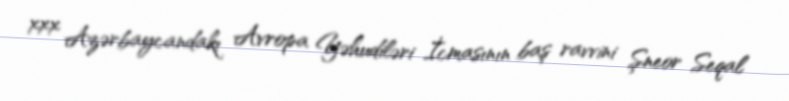
xxx Azərbaycandakı Avropa Yəhudiləri İcmasının baş ravvini Şneor Seqal